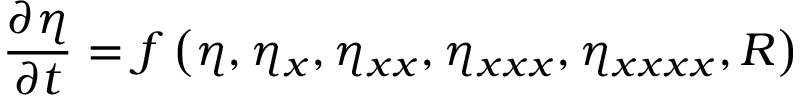
\frac { \partial { \eta } } { \partial t } = f \left( \eta , \eta _ { x } , \eta _ { x x } , \eta _ { x x x } , \eta _ { x x x x } , R \right)